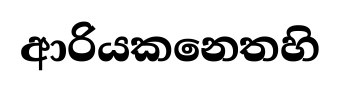
ආරියකනෙතහි